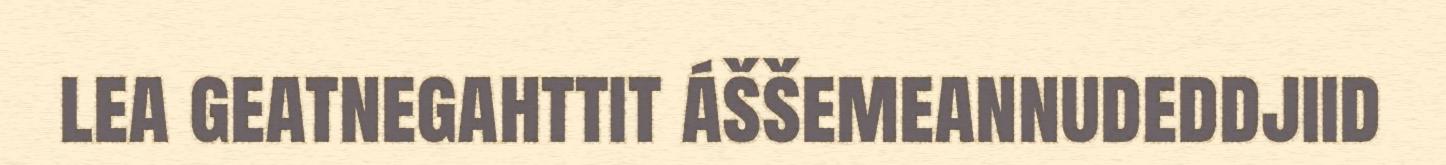
lea geatnegahttit áššemeannudeddjiid